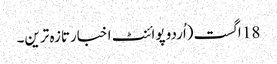
18 اگست(اُردو پوائنٹ اخبارتازہ ترین۔